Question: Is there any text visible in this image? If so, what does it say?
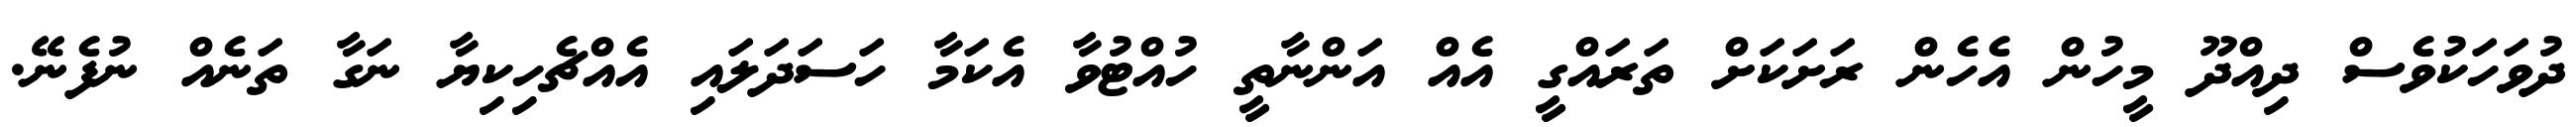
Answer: ދުވަހަކުވެސް ދިއްދޫ މީހުން އެހެން ރަށަކަށް ތަރައްގީ އެއް އަންނާތީ ހުއްޓުވާ އެކަމާ ހަސަދަލައި އެއްޗެހިކިޔާ ނަގާ ތަނެއް ނުފެނޭ.